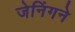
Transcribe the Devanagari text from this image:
जेनिंगने